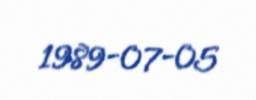
1989-07-05